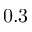
0 . 3